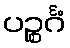
ပဉ္စင်္ဂံ